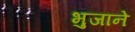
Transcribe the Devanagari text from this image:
भुजाने